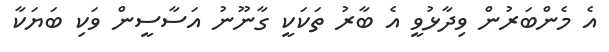
އެ މެންބަރުން ވިދާޅުވީ އެ ބާރު ތަކަކީ ގާނޫނު އަސާސީން ވަކި ބަޔަކާ